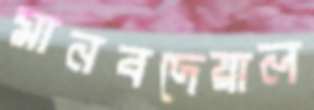
মানবদেয়াল